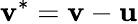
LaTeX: {\mathbf{v}}^{*}={{\mathbf{v}}}-{\mathbf{u}}